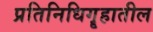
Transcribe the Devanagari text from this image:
प्रतिनिधिगॄहातील